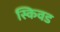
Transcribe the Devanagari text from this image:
स्किवड